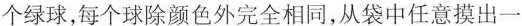
个绿球，每个球除颜色外完全相同，从袋中任意摸出一